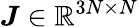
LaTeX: {\boldsymbol{J}}\in{\mathbb{R}^{3N\times N}}